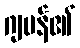
ဂျပန်၏